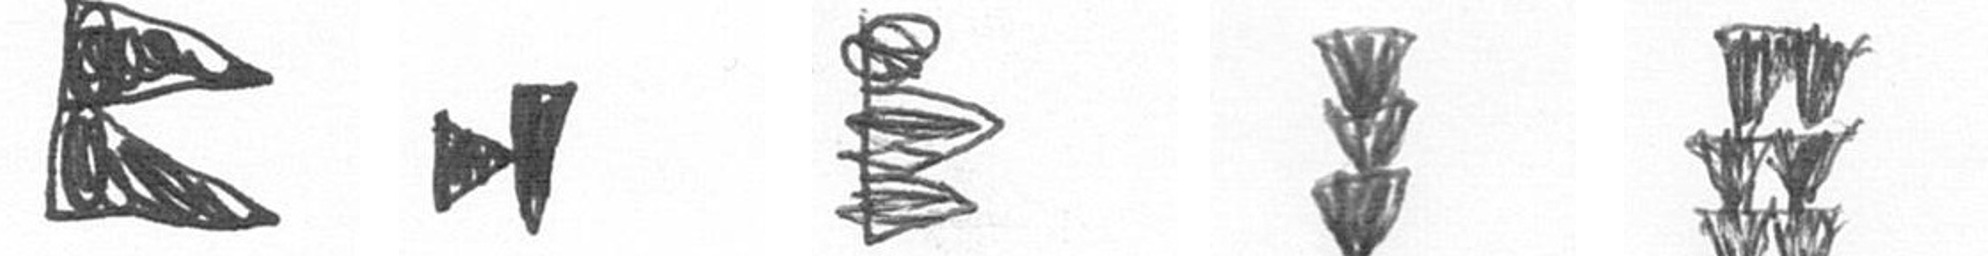
P M H E Y